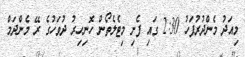
މިއަދު މެންދުރުފަހު 2:30 ގައި ފެށި މިޓެލެތޯން ހޮނިހިރު ދުވަހުގެ ރޭ މެންދަމް